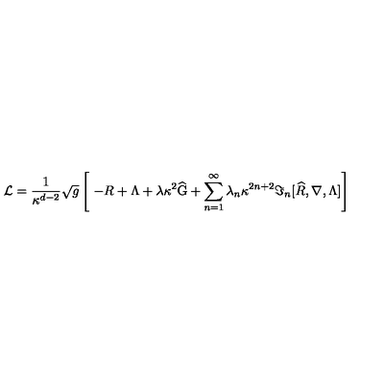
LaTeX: { \cal L } = \frac { 1 } { \kappa ^ { d - 2 } } \sqrt { g } \left[ \ - R + \Lambda + \lambda \kappa ^ { 2 } \widehat { \mathrm { G } } + \sum _ { n = 1 } ^ { \infty } \lambda _ { n } \kappa ^ { 2 n + 2 } \Im _ { n } [ \widehat { R } , \nabla , \Lambda ] \right]